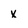
Character: x